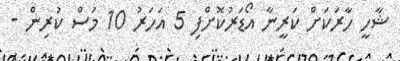
ޝާހީ ހާރަކަށް ކަރީނާ އޯޑަރުކޮށްފި 5 އަހަރު 10 މަސް ކުރިން -